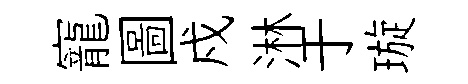
寵圖戍淋于璇